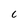
Character: c